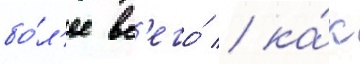
бо́л'ее вс'его́ / ка́к